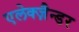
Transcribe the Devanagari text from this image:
एलेक्ज़ैन्डर